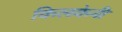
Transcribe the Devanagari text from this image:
किलकेनी